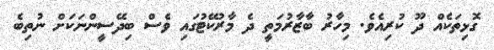
ގޮޅިތަކެއް ދޫ ކުރިއެވެ. މިހާރު ބާޒާރުމަތީ ދެ މާރުކޭޓުގައި ވެސް ބިދޭސީންނަކަށް ނުތިބެ